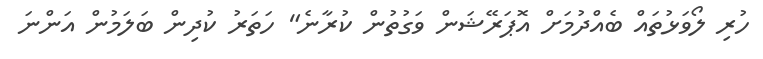
ހުރި ލޯވަޅުތައް ބެއްދުމަށް އޮޕަރޭޝަން ވަގުތުން ކުރާނެ" ހަތަރު ކުދިން ބަލަމުން އަންނަ